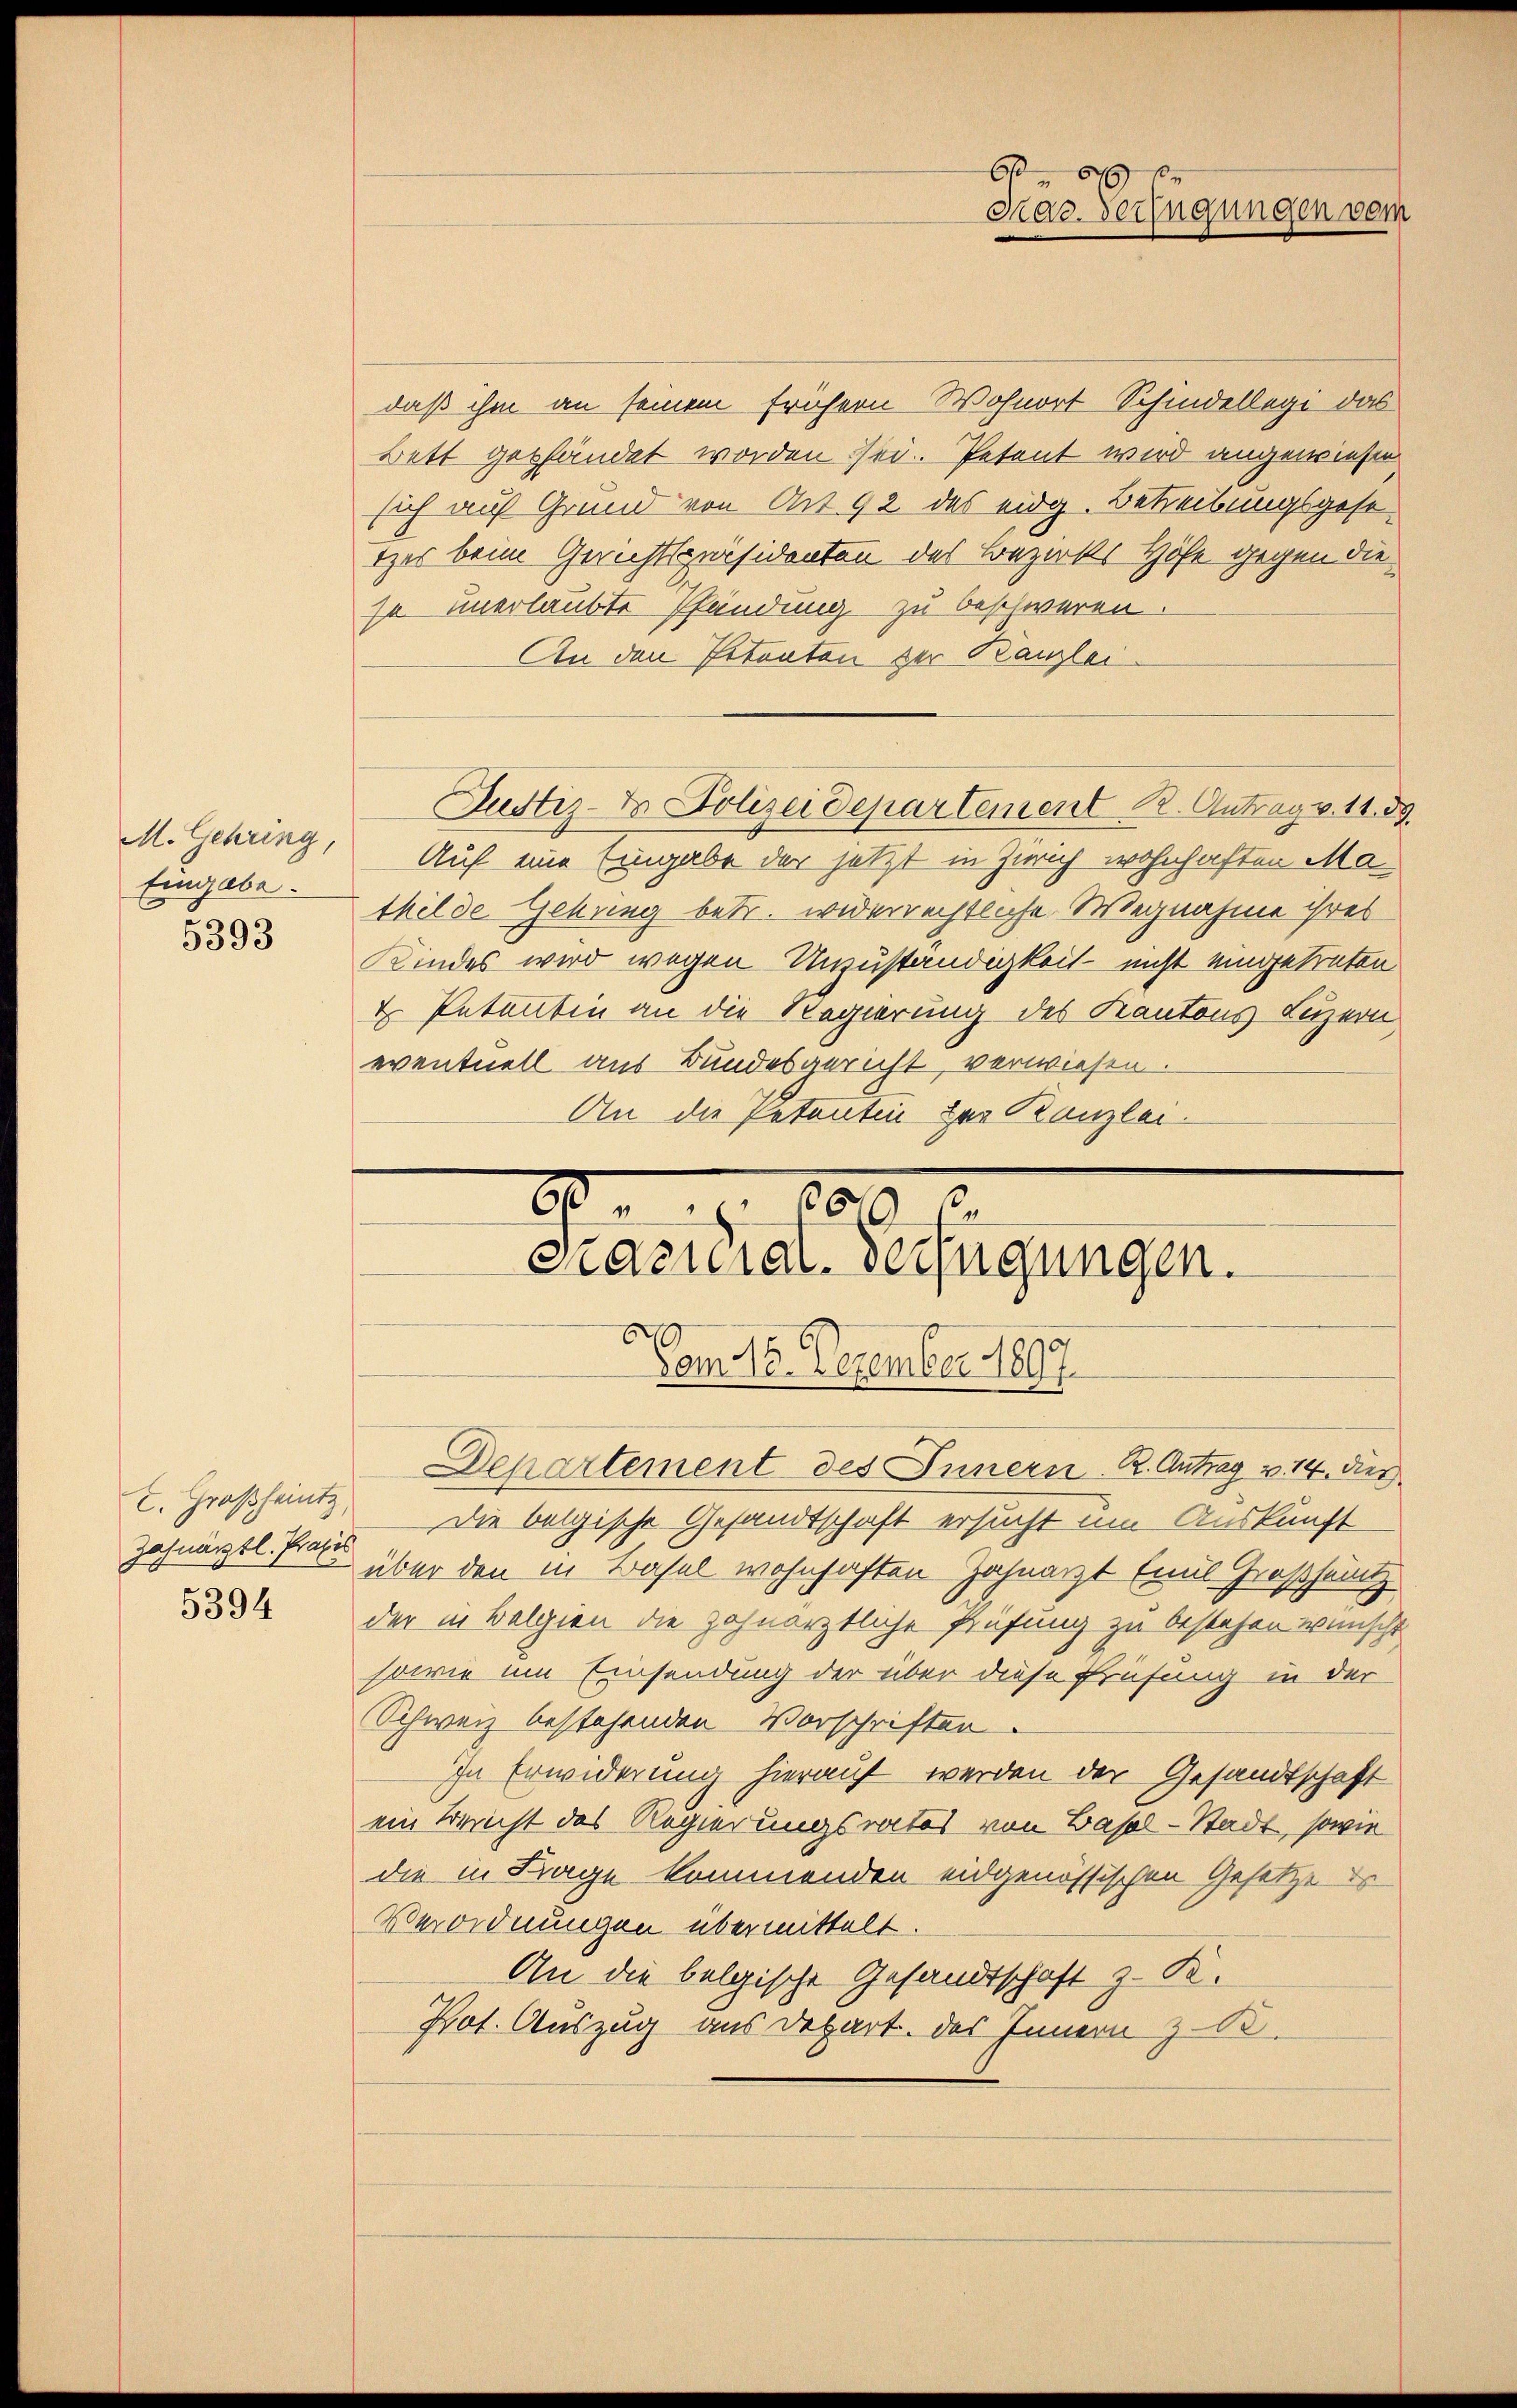
M. Gehring,
Eingabe.
5393

E. Großheintz,
Zahnarztl. Praxis
5394

daß ihm an seinem frühern Wohnort Schindellegi das
Bett geständet worden sei. Petent wird angewiesen
sich auf Grund von Art. 92 des eidg. Betreibungsgese
tzes beim Gerichtspräsidenten des Bezirks Höfe gegen die
so unerlaubte Pfändung zu beschweren.
An den Petenten zur Kanzlei-
Justiz- & Polizeidepartement R. Antrag v. 11. 59
Auf eine Eingabe der jetzt in Zürich wohnhaften Mathilde Gebung betr. widerrechtliche Wegnahme ihres
Kindes wird wegen Unzuständigkeit - nicht eingetreten
 Petentin an die Regierung des Kantons Luzern,
eventuell aus Bundesgericht, verwiesen.
An die Petentin zur Kanzlei.

A . . 105
2.
stacuial-Verfügungen.
Vom 12. Dezember 1897.

O
Mac. Verfügungen vom

Departement des Innern R. Antrag v. 14. dies
Die beigische Gesandtschaft ersucht um Auskunft
über den in Basel wohnhaften Zahnarzt Emil Großheitz
der in Belgien die zohnärztliche Prüfung zu bestehen wünscht
sowie um Einsendung der über diese Prüfung in der
Schweiz bestehenden Vorschriften.
In Erwiderung hierauf werden der Gesandtschaft
ein Bericht des Regierungsrates von Basel-Stadt, sowie
die in Frage kommenden eidgenössischen Gesetze d
Verordnungen übermittelt.
An die belgische Gesandtschaft z. K.
Prot. Auszug aus Depart. Das Innern z. B.